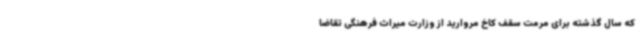
که سال گذشته برای مرمت سقف کاخ مروارید از وزارت میراث فرهنگی تقاضا